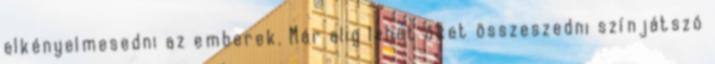
elkényelmesedni az emberek. Már alig lehet őket összeszedni színjátszó